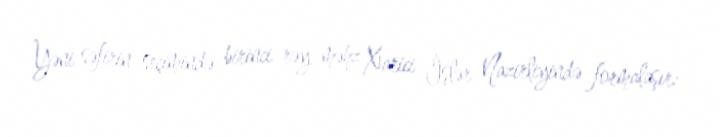
Yəni səfirin seçimində birinci rəy məhz Xarici İşlər Nazirliyində formalaşır: